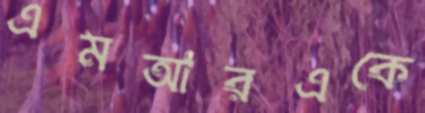
এমআরএকে